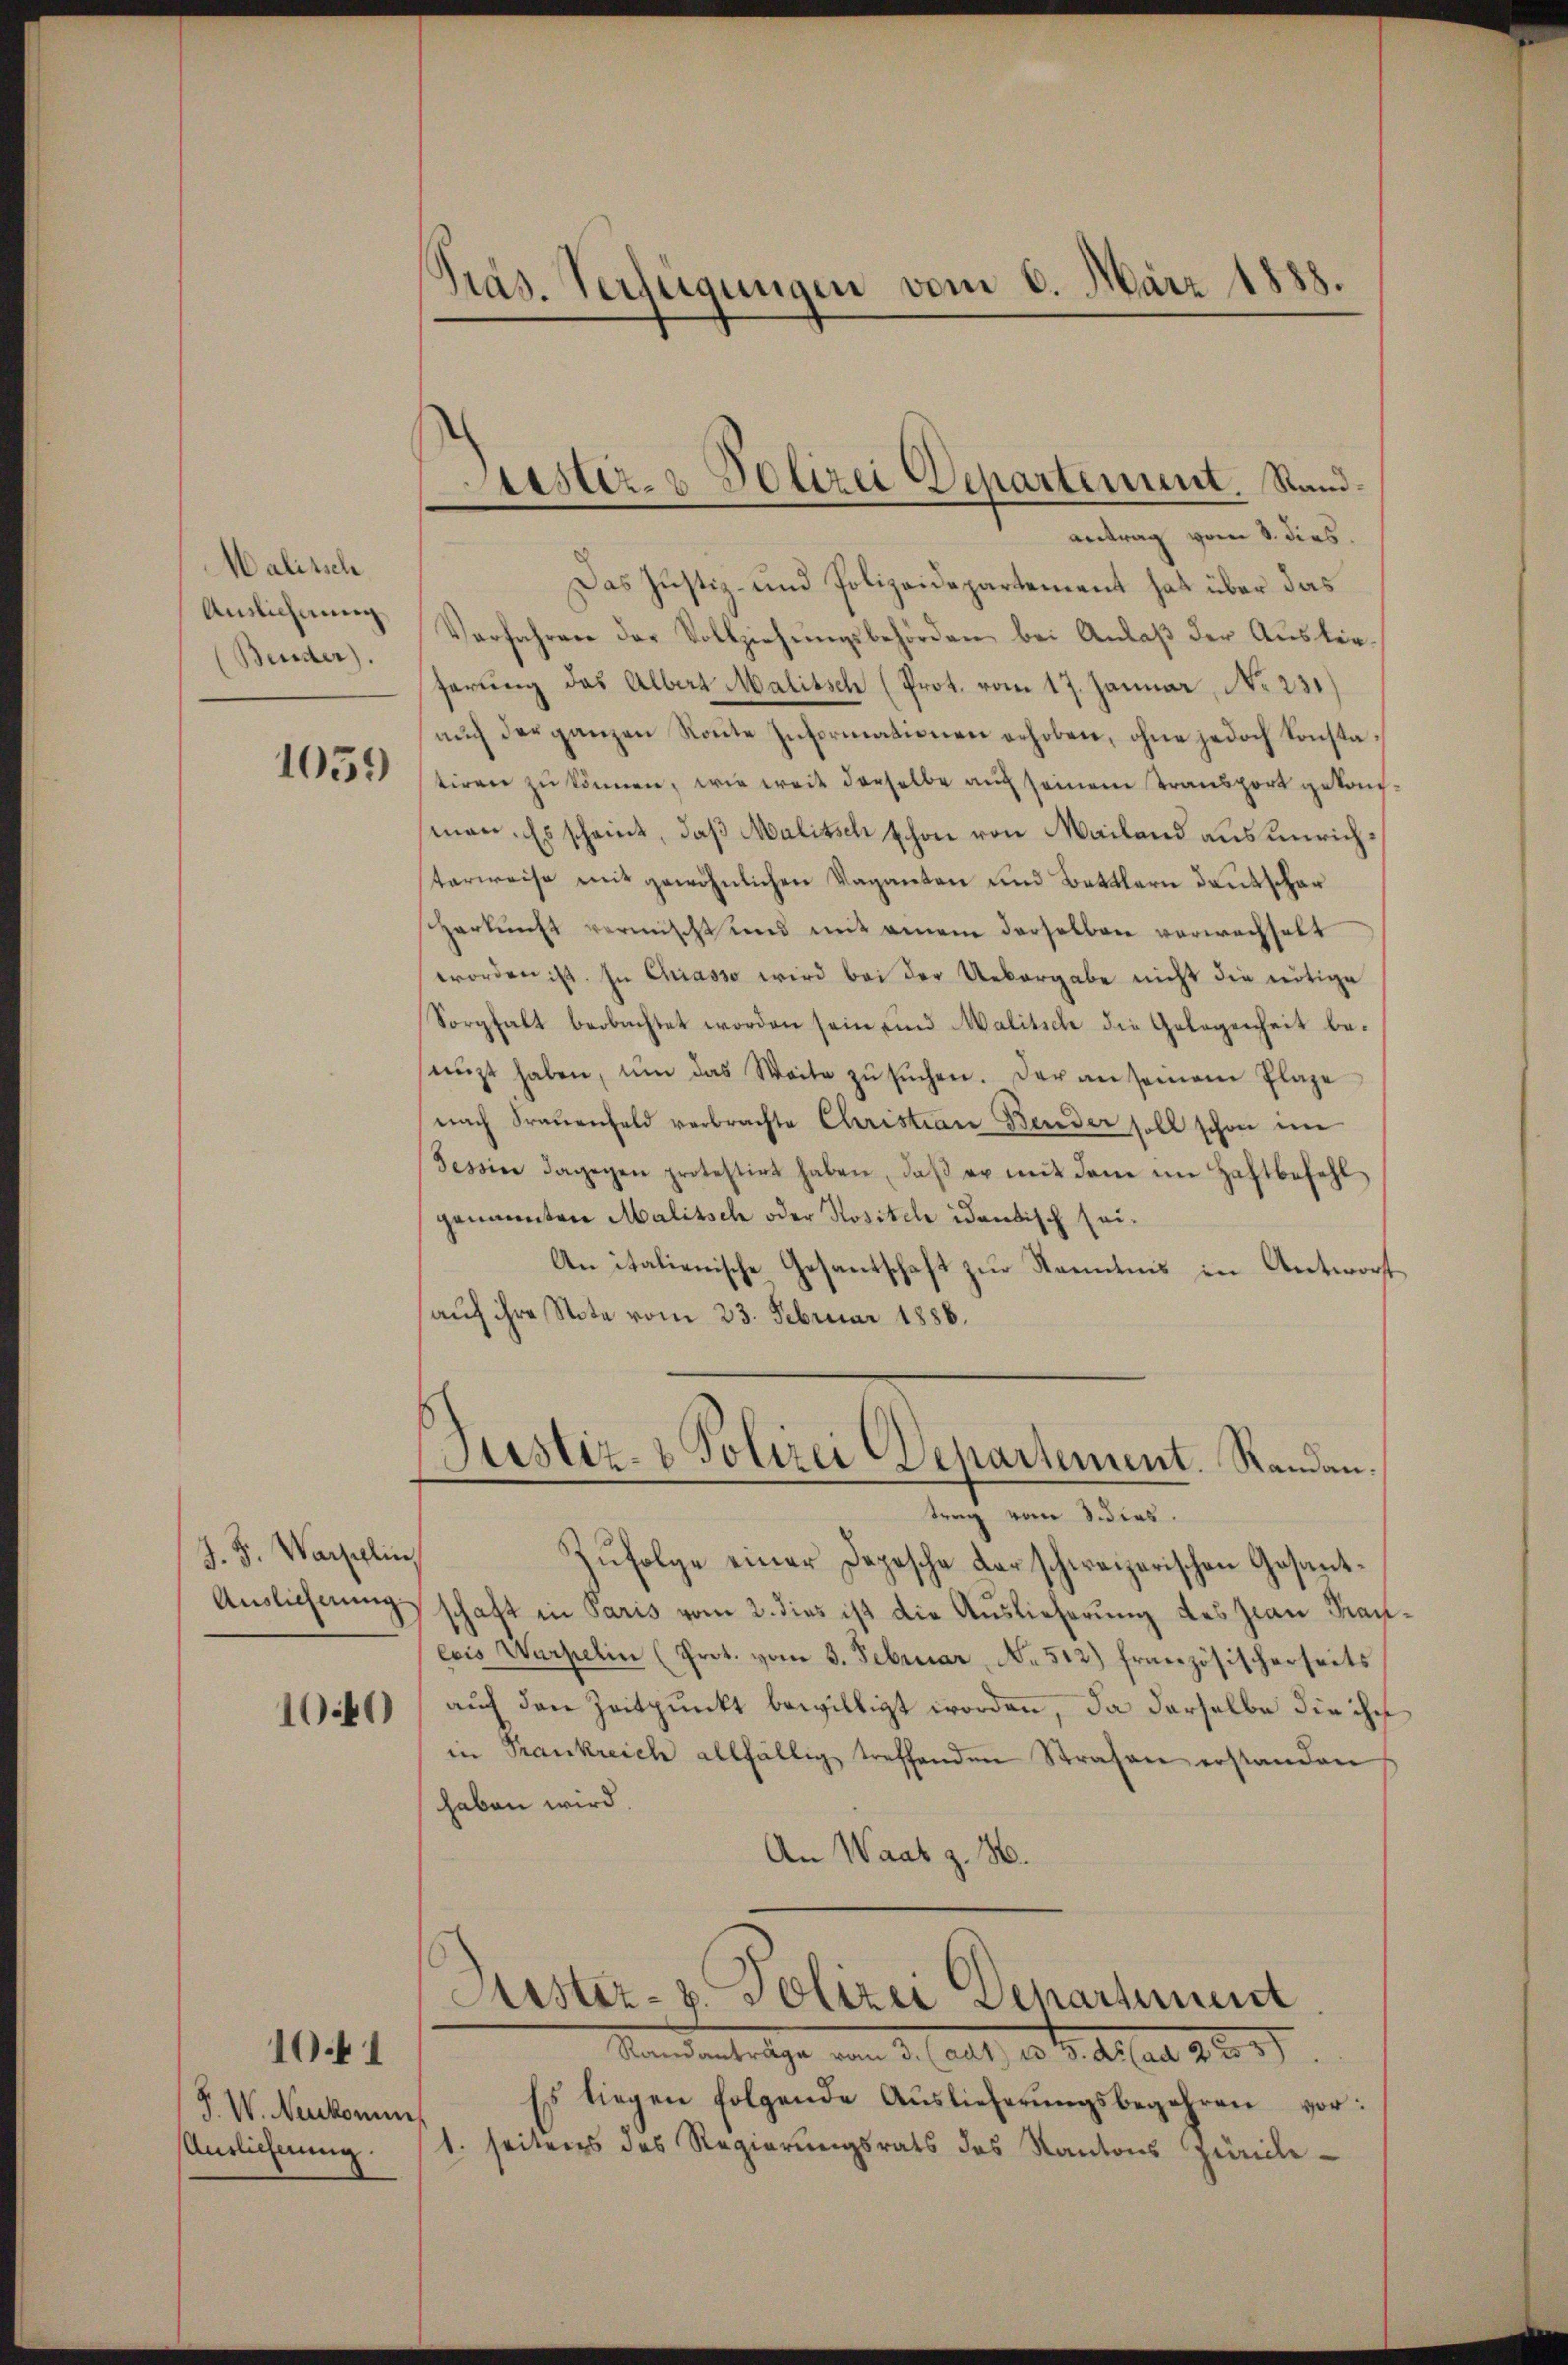
Malisch
Auslicherung
Beuder).
1059

J. J. Warschlin,
Auslicherung
10.40)

F. W. Neukommn
Anrlichnung

1041

Präs. Verfügungen vom 8. März 1888.

Lister- & Polizei Departement. Sandantrag vom 8. dies

Das Justiz- und Polizeidepartement hat über das
Verfahren der Vollziehŭngsbehörden bei Anlaβ der Aŭster-
serung das Albert Malitsch (Prot. vom 17. Januar, No 231)
aŭch der ganzen Route Informationen erhoben, ohne jedoch Konstatiren zŭ können, wie weit derselbe auf seinem Transport gekom
sman. Es scheint, daß Malitsch schon von Mailand aus unrichterweise mit gewöhnlichen Vaganten und Battlern deutschar
sizerkŭnft vermischt und mit einem derselben verwachselt
worden ist. In Chiasso wird bei der Uebergabe nicht die nötige
Sorghalt beobachtet worden sein und Malitich die Gelegenheit benüzt haben, um das Weite zŭ sŭchen. Der an seinem Plaze
nach Fraŭenfeld verbrachte Christian Bender soll schon im
Tessin dagegen protestirt haben, daβ er mit dem im Haftbefehl
genannten Malitsch oder Hositel identisch sei¬
An italienische Gesantschaft zur Kenntnis in Antwort
auf ihre Note vom 23. Februar 1886.
Justiz- & Polizei Departement. Randantrag vom 3. dies.
Zufolge einer Depesche der schweizerischen Gesantschaft in Paris vom 2. dies ist die Auslieferung des Jwan Nach
evis Werpelin (Prot. vom 3. Februar, No 512) französischerseits
auf den Zeitpunkt bewilligt worden, da derselbe die ihr
in Trankreich allfällig treffenden Strafen erstanden
haben wird.
An Waab z. B.
Aistiz- u. Polizei Departement
Mandanterliche vom 3. (alt, d. d. d. Mai 1889.)
Es liegen folgende Auslieferŭngsbegehren vor:
1. seitens des Regierungsrats des Kantons Zürich-